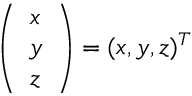
\left( \begin{array} { c } { x } \\ { y } \\ { z } \end{array} \right) = ( x , y , z ) ^ { T }